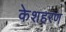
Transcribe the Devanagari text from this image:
केशहरण